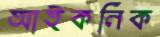
আইকনিক